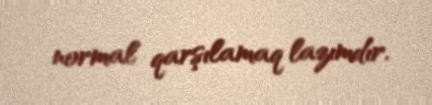
normal qarşılamaq lazımdır.